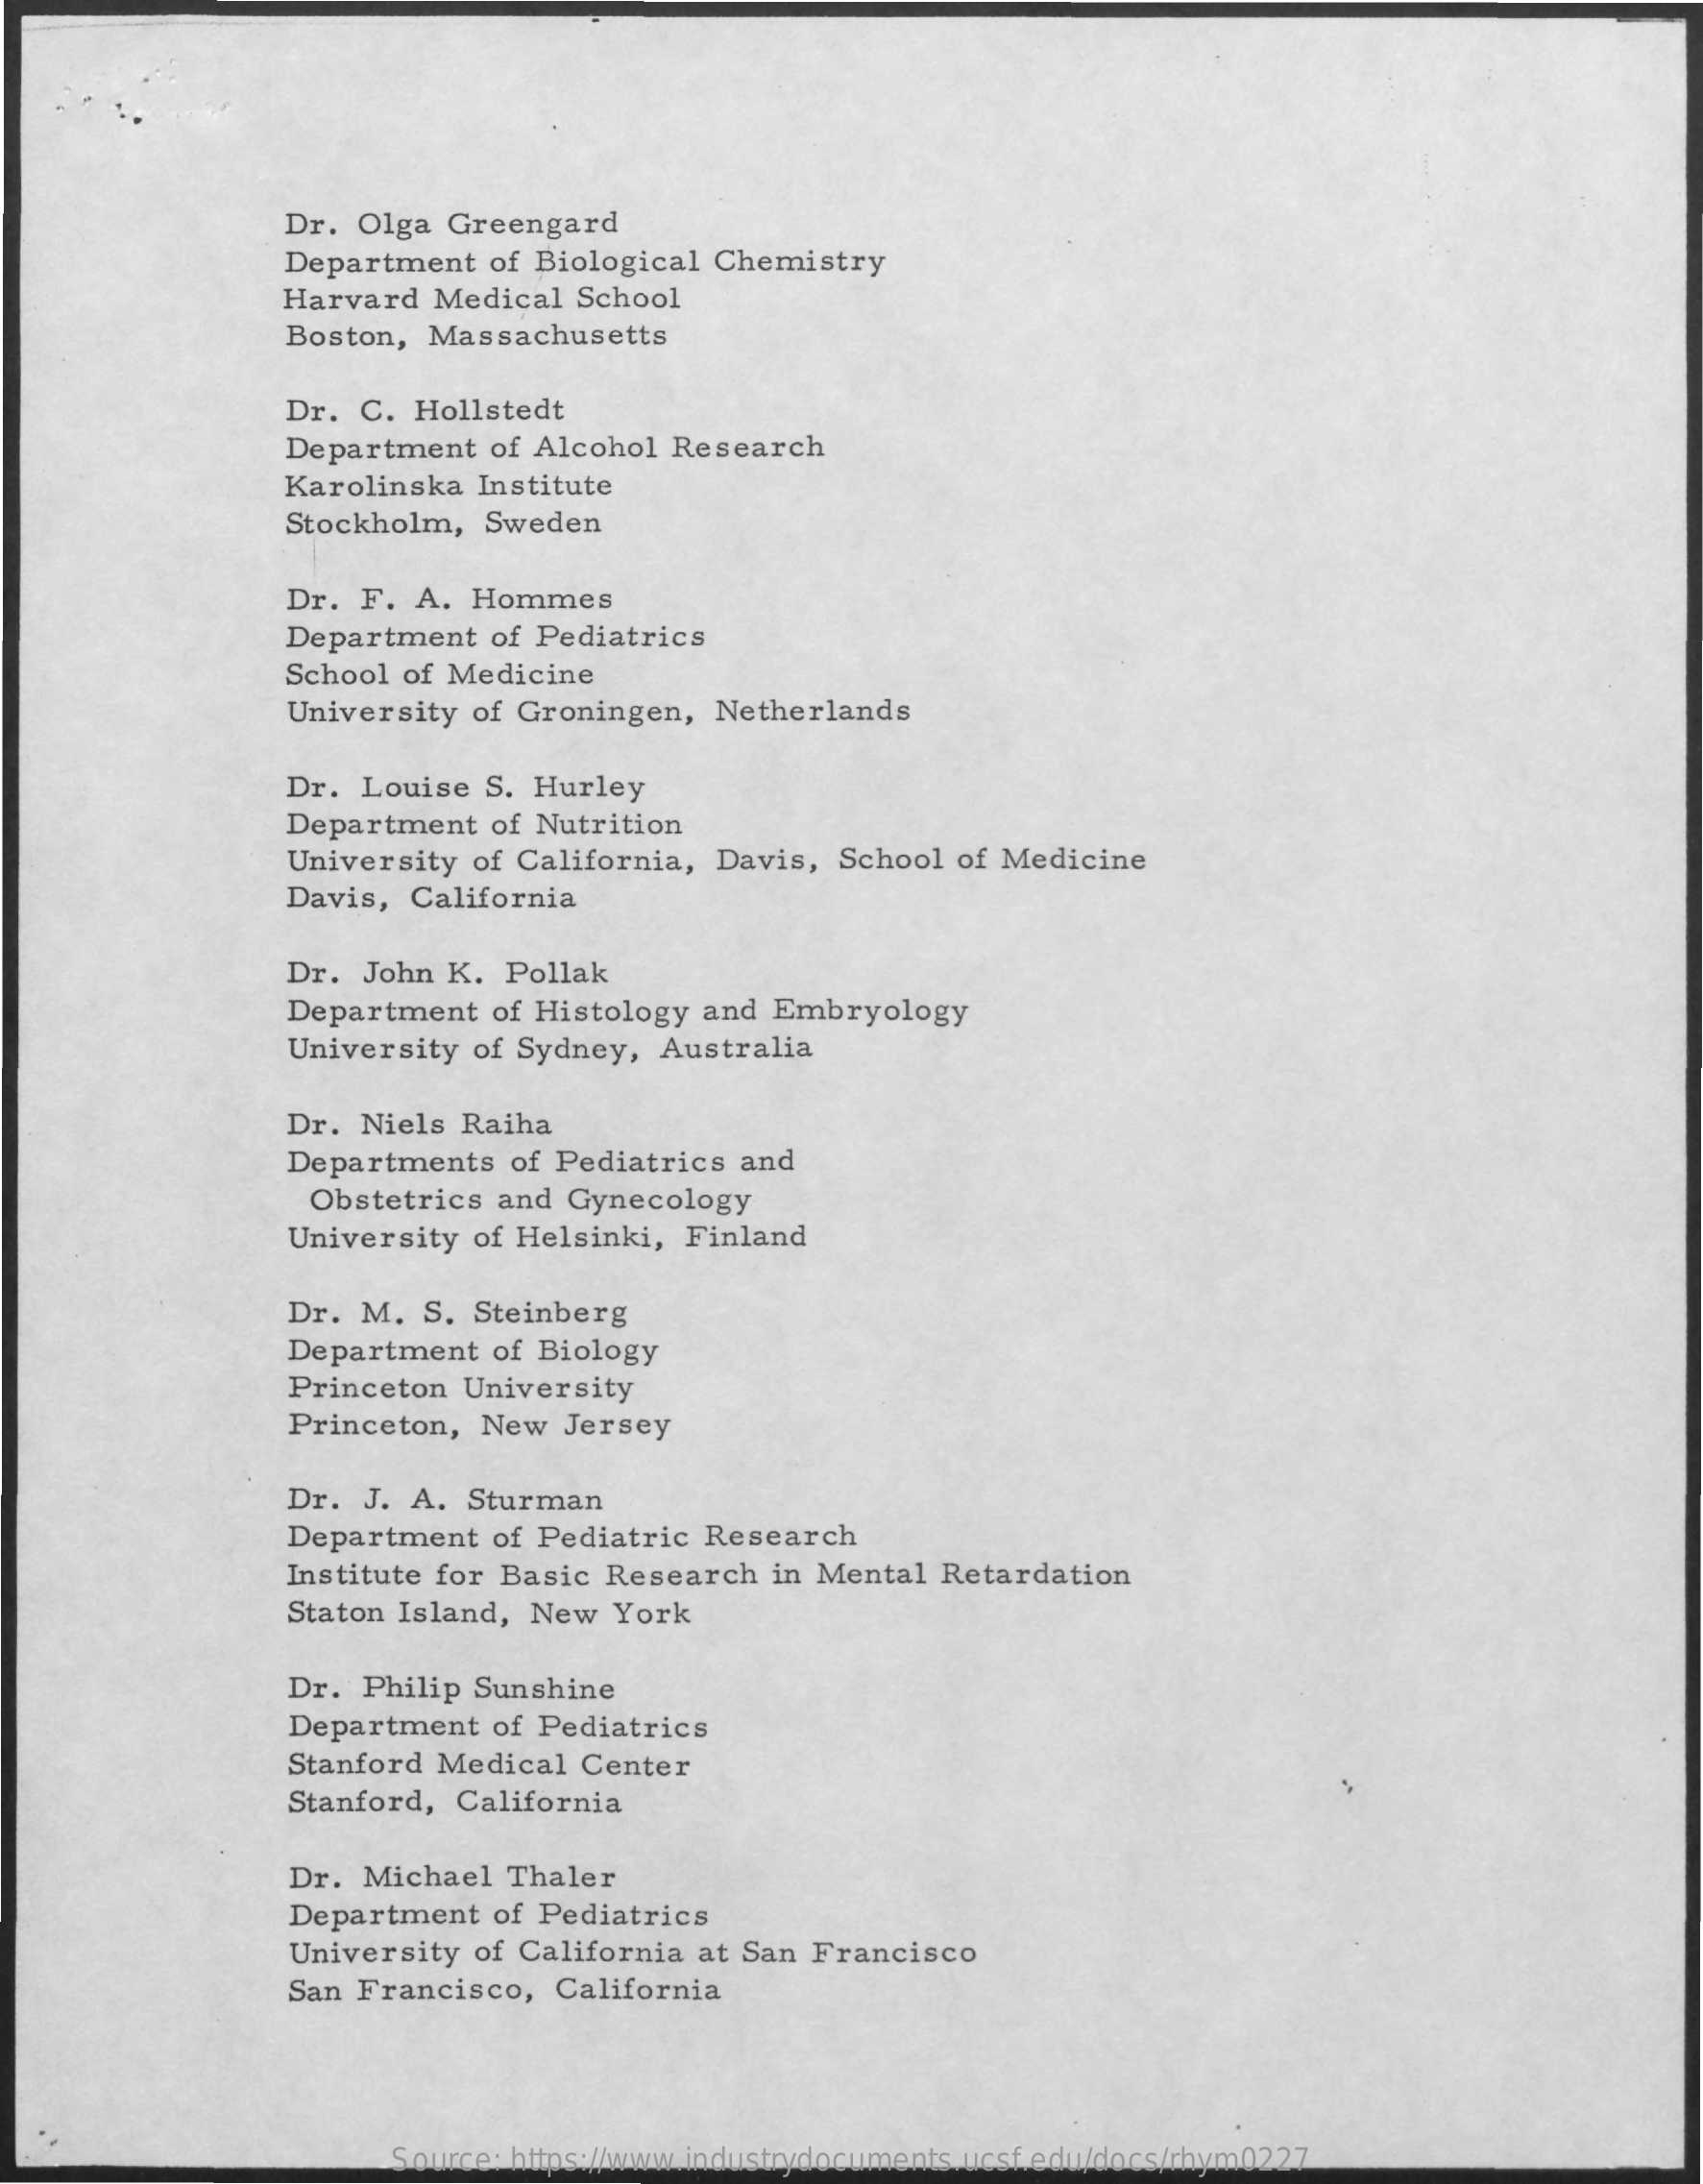
Dr. Olga  Greengard
     Department  of Biological  Chemistry
     Harvard  Medical  School
     Boston, Massachusetts
     Dr. C.  Hollstedt
     Department   of Alcohol Research
     Karolinska  Institute
     Stockholm,  Sweden
     Dr. F.  A. Hommes
     Department   of Pediatrics
     School of Medicine
     University of Groningen,   Netherlands
     Dr. Louise  S. Hurley
     Department   of Nutrition
     University of California,  Davis,  School  of Medicine
     Davis, California
     Dr. John  K. Pollak
     Department   of Histology and  Embryology
     University of Sydney,  Australia
     Dr. Niels  Raiha
     Departments   of Pediatrics  and
     Obstetrics  and  Gynecology
     University of Helsinki,  Finland
     Dr. M.  S. Steinberg
     Department   of Biology
     Princeton  University
     Princeton,  New  Jersey
     Dr. J. A.  Sturman
     Department   of Pediatric Research
     Institute for Basic Research   in Mental  Retardation
     Staton Island, New  York
     Dr. Philip Sunshine
     Department   of Pediatrics
     Stanford Medical  Center
     Stanford, California
     Dr. Michael   Thaler
     Department   of Pediatrics
     University of California  at San Francisco
     San Francisco,   California
     Source: https://www.industrydocuments.ucsf.edu/docs/rhym0227